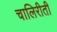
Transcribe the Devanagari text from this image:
चालिरीती